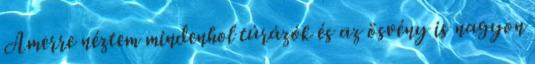
Amerre néztem mindenhol túrázók és az ösvény is nagyon